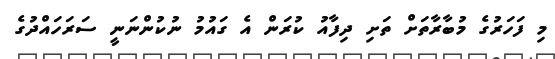
މި ފަހަރުގެ މުބާރާތަށް ތަށި ދިފާއު ކުރަން އެ ގައުމު ނުކުންނަނީ ސަރަހައްދުގެ